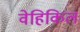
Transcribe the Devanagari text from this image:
वेहिकिल